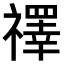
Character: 𥜃